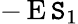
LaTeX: -\operatorname{E}\mathtt{S}_{1}